Leaving Certificate Examination, 1921
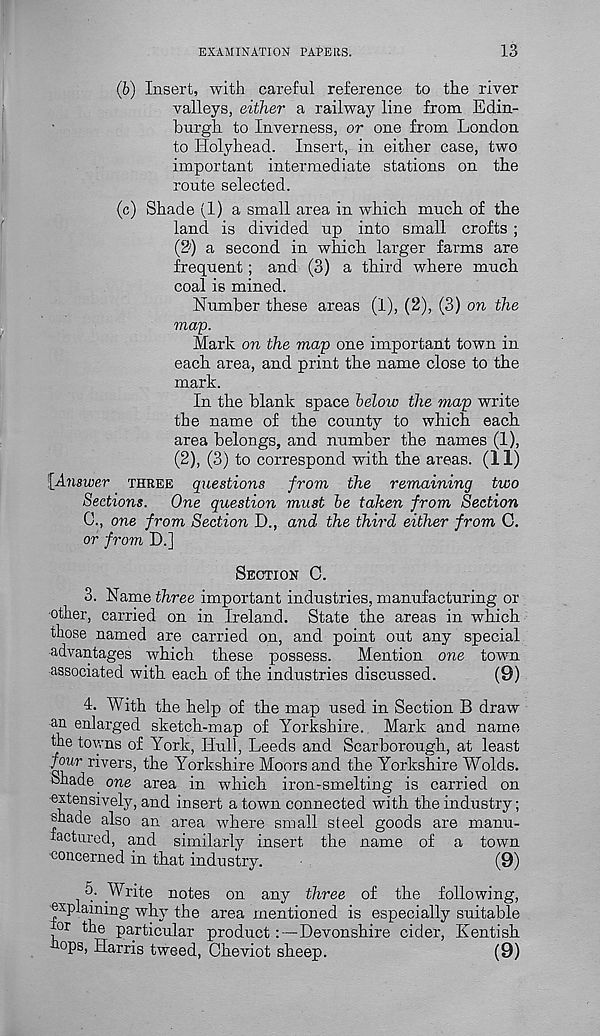
EXAMINATION PAPERS.
13
(b) Insert, with careful reference to the river
valleys, either a railway line from Edin-
burgh to Inverness, or one from London
to Holyhead. Insert, in either case, two
important intermediate stations on the
route selected.
(c) Shade (1) a small area in which much of the
land is divided up into small crofts ;
(2 1 ) a second in which larger farms are
frequent; and (3) a third where much
coal is mined.
Number these areas (i), (2), (3) on the
map.
Mark on the map one important town in
each area, and print the name close to the
mark.
In the blank space below the map write
the name of the county to which each
area belongs, and number the names (1),
(2), (3) to correspond with the areas. (11)
{Answer THREE questions from the remaining two
Sections. One question must be taken from Section
C., one from Section D., and the third either from C.
or from D.]
SECTION C.
3. Name three important industries, manufacturing or
other, carried on in Ireland. State the areas in which
those named are carried on, and point out any special
advantages which these possess. Mention one town
associated with each of the industries discussed.
(9)
4. With the help of the map used in Section B draw
an enlarged sketch-map of Yorkshire. Mark and name
the towns of York, Hull, Leeds and Scarborough, at least
four rivers, the Yorkshire Moors and the Yorkshire Wolds,
fchade one area in which iron-smelting is carried on
extensively, and insert a town connected with the industry;
shade also an area where small steel goods are manu-
iactured, and similarly insert the name of a town
concerned in that industry.
(9)
5- Write notes on any three of the following,
explaining why the area mentioned is especially suitable
or the particular product
Devonshire cider, Kentish
ops, Harris tweed, Cheviot sheep.
(9)